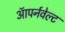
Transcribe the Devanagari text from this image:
ऑपर्नवेल्ट